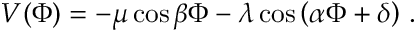
V ( \Phi ) = - \mu \cos \beta \Phi - \lambda \cos \left( \alpha \Phi + \delta \right) \, .